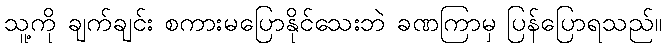
သူ့ကို ချက်ချင်း စကားမပြောနိုင်သေးဘဲ ခဏကြာမှ ပြန်ပြောရသည်။